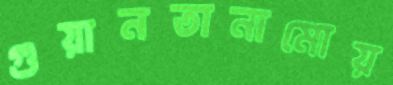
গুয়ানতানামোয়